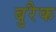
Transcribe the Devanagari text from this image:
बुरैक